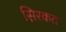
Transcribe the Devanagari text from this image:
स़िरकत